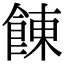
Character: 𩜍